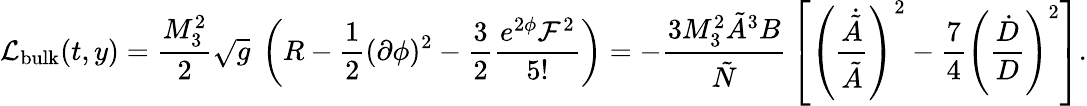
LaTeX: {\cal L}_{\mathrm{bulk}}(t,y)={\frac{M_{3}^{2}}{2}}\sqrt g\ \left(R-\frac{1}{2}(\partial\phi)^{2}-{\frac{3}{2}}\frac{e^{2\phi}{\cal F}^{2}}{5!}\right)=-{\frac{3M_{3}^{2}\tilde{A}^{3}B}{\tilde{N}}}\left[\left({\frac{\dot{\tilde{A}}}{\tilde{A}}}\right)^{2}-{\frac{7}{4}}\left({\frac{\dot{D}}{D}}\right)^{2}\right].